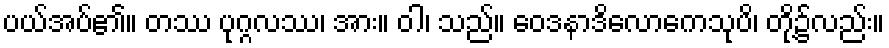
ပယ်အပ်၏။ တဿ ပုဂ္ဂလဿ၊ အား။ ဝါ၊ သည်။ ဝေဒနာဒိလောကေသုပိ၊ တို့၌လည်း။